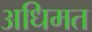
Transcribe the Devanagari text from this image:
अधिमत